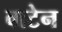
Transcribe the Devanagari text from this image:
वाटेन